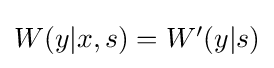
\textstyle W(y|x,s)=W'(y|s)